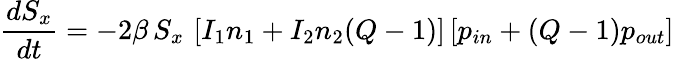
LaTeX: \frac{dS_{x}}{dt}=-2\beta\, S_{x}\, \left[I_{1}n_{1}+I_{2}n_{2}(Q-1)\right]\left[p_{in}+(Q-1)p_{out}\right]